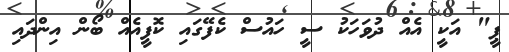
ޕީ" އަކީ އެއް ދުވަހަކު ސީ ހައުސް ކެފޭގައި ކޮފީއެއް ބޯން އިންދައި